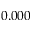
0 . 0 0 0